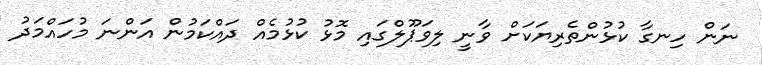
ނަން ހިނގާ ކުޅުންތެރިޔަކަށް ވާނީ ލިވަޕޫލްގައި މޮޅު ކުޅުމެއް ދައްކަމުން އަންނަ މުހައްމަދު